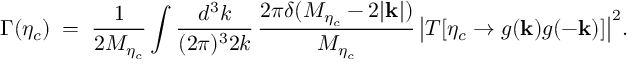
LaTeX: \Gamma ( \eta _ { c } ) \; = \; { \frac { 1 } { 2 M _ { \eta _ { c } } } } \int { \frac { d ^ { 3 } k } { ( 2 { \pi } ) ^ { 3 } 2 k } } \, { \frac { 2 \pi \delta ( M _ { \eta _ { c } } - 2 | { \bf k } | ) } { M _ { \eta _ { c } } } } \, \big | { \cal T } [ \eta _ { c } \to g ( { \bf k } ) g ( - { \bf k } ) ] \big | ^ { 2 } .